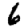
Digit: 6